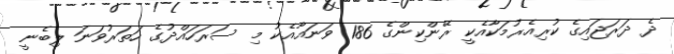
ދެ ދަރަޖައިގެ ކުރިއެރުމަކާއެކީ ރޭންކިންގެ 186 ވަނައާއެކު މި ސަރަހައްދުގެ ހަތަރުވަނަ ލިބެނީ